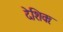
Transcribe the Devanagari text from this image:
देशिकः